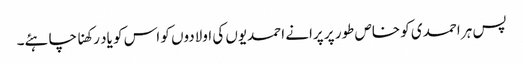
پس ہر احمدی کو خاص طور پر پرانے احمدیوں کی اولادوں کو اس کو یاد رکھنا چاہئے۔